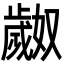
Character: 𬆎